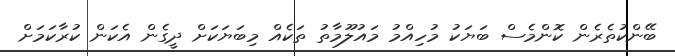
ބޭންކުތެރެން ކޮންމެސް ބަޔަކު މުހިއްމު މައުލޫމާތު ތަކެއް މިބަޔަކަށް ދީގެން އެކަން ކުރާކަމަށް